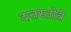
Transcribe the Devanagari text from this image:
दत्तस्तोत्रे